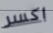
اكسر